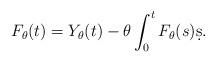
LaTeX: \begin{align*}F_{\theta}(t) = Y_{\theta}(t) -\theta \int_0^t F_{\theta}(s)\d s.\end{align*}